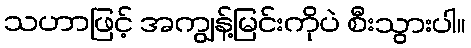
သဟာဖြင့် အကျွန့်မြင်းကိုပဲ စီးသွားပါ။